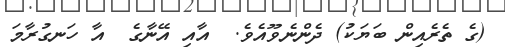
(ގެ ތެރެއިން ބަޔަކު) ދެންނެވޫއެވެ.  އާއި އޭނާގެ  އާ ހަނގުރާމަ